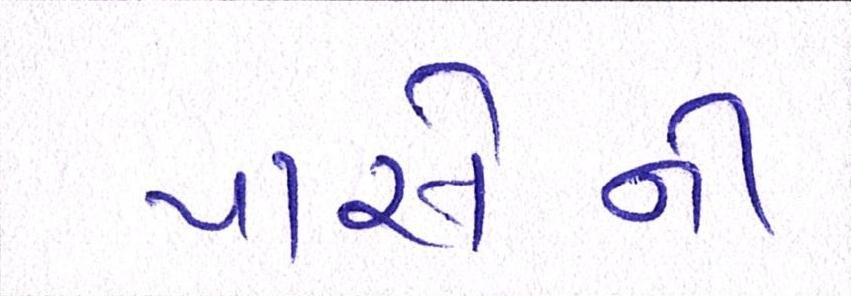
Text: પાસેની